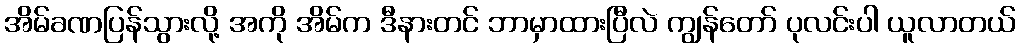
အိမ်ခဏပြန်သွားလို့ အကို အိမ်က ဒီနားတင် ဘာမှာထားပြီလဲ ကျွန်တော် ပုလင်းပါ ယူလာတယ်